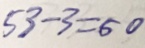
5 3 - 3 = 5 0